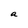
Character: a